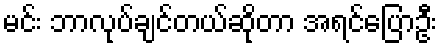
မင်း ဘာလုပ်ချင်တယ်ဆိုတာ အရင်ပြောဦး